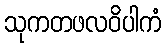
သုကတဖလဝိပါကံ